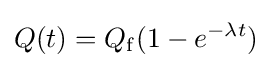
Q(t)=Q_{\mathrm {f} }(1-e^{-\lambda t})